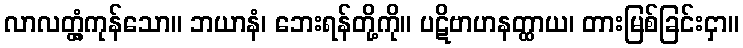
လာလတ္တံ့ကုန်သော။ ဘယာနံ၊ ဘေးရန်တို့ကို။ ပဋိဗာဟနတ္ထာယ၊ တားမြစ်ခြင်းငှာ။